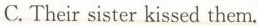
C. Their sister kissed them. )